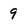
Character: 9